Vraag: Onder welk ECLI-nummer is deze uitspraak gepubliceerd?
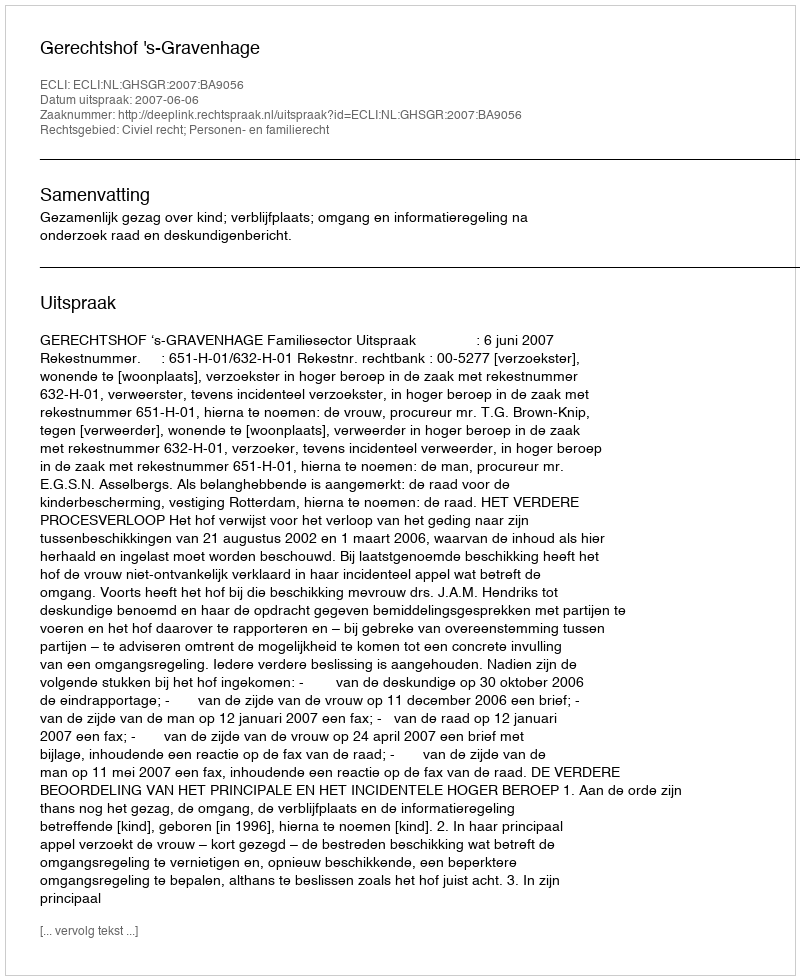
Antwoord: ECLI:NL:GHSGR:2007:BA9056